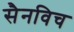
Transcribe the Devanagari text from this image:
सैनविच